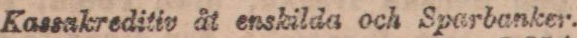
Kassakreditiv åt enskilda och Sparbanker.